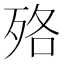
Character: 𣧳